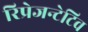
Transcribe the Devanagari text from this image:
रिप्रेजन्टेटिव